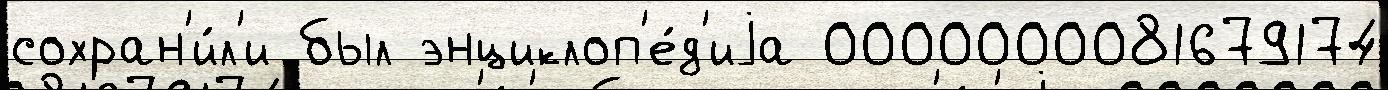
сохран'и́л'и был энциклоп'е́д'иjа 0000000081679174